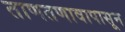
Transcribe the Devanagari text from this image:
ताणतणावापासून